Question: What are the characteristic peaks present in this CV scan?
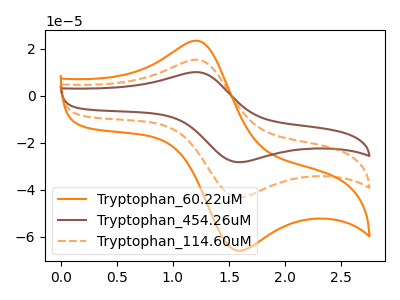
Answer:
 <answer>The orange curve "Tryptophan_60.22uM" has an anodic peak at (1.25V, 23.35uA) and a cathodic peak at (1.60V, -66.05uA). The brown curve "Tryptophan_454.26uM" has an anodic peak at (1.25V, 30.55uA) and a cathodic peak at (1.60V, -86.50uA). The orange dashed curve "Tryptophan_114.60uM" has an anodic peak at (1.25V, 15.30uA) and a cathodic peak at (1.60V, -43.25uA).</answer>
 <eval></eval>